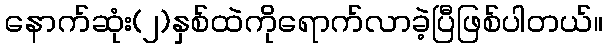
နောက်ဆုံး(၂)နှစ်ထဲကိုရောက်လာခဲ့ပြီဖြစ်ပါတယ်။